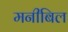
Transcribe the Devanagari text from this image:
मनीबिल